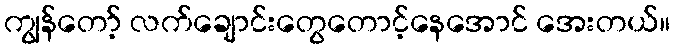
ကျွန်တော့် လက်ချောင်းတွေတောင့်နေအောင် အေးတယ်။